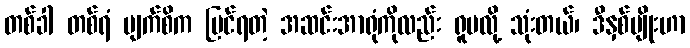
တစ်ခါ တစ်ရံ မျက်စိက မြင်ရတဲ့ အဆင်းအာရုံကိုလည်း ရူပလို့ သုံးတယ်၊ ဒီနှစ်မျိုးဟာ